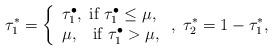
LaTeX: \begin{align*} \tau _1^* = \left\{ \begin{array}{l} {\tau _1^\bullet},\;{\rm{ if }}\;{\tau _1^\bullet} \le \mu, \\ \mu ,\;\;\;{\rm{ if }}\;{\tau _1^\bullet} > \mu, \\ \end{array} \right.,\; \tau _2^* = 1 - \tau _1^*,\end{align*}